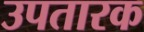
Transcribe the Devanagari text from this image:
उपतारक